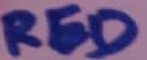
Text: RED